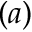
( a )